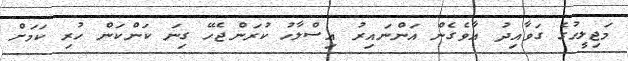
މަޖިލީހުގެ ގަވާއިދު އާވެގެން އަންނައިރު އިސްލާހު ކުރަންޖެހޭ ގިނަ ކަންކަން ހުރި ކަމަށް